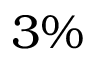
3 \%